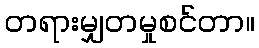
တရားမျှတမှုစင်တာ။